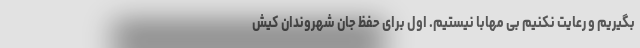
بگیریم و رعایت نکنیم بی مهابا نیستیم. اول برای حفظ جان شهروندان کیش